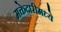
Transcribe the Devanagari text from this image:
मक्तेदारीमध्ये